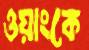
ওয়াংকে